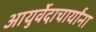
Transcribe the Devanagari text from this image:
आयुर्वेदाचार्यांना